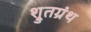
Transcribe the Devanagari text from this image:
श्रुतग्रंथ